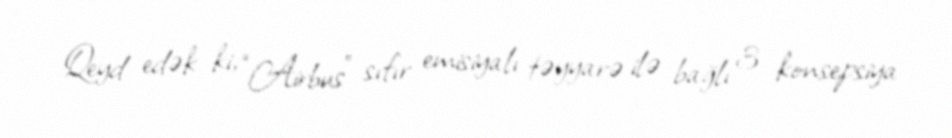
Qeyd edək ki, “Airbus” sıfır emisiyalı təyyarə ilə bağlı 3 konsepsiya